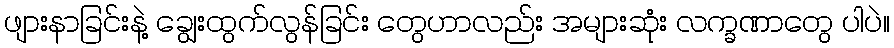
ဖျားနာခြင်းနဲ့ ချွေးထွက်လွန်ခြင်း တွေဟာလည်း အများဆုံး လက္ခဏာတွေ ပါပဲ။